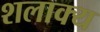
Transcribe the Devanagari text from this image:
शलाक्य